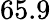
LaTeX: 65.9